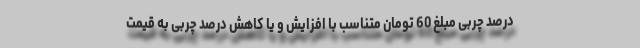
درصد چربی مبلغ 60 تومان متناسب با افزایش و یا کاهش درصد چربی به قیمت